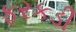
ફરકડી